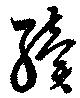
續